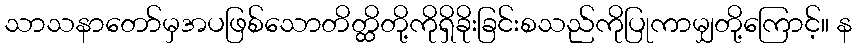
သာသနာတော်မှအပဖြစ်သောတိတ္ထိတို့ကိုရှိခိုးခြင်းစသည်ကိုပြုကာမျှတို့ကြောင့်။ န